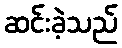
ဆင်းခဲ့သည်